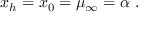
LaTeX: x _ { h } = x _ { 0 } = \mu _ { \infty } = \alpha \ .